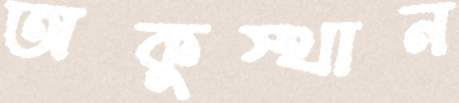
অকুস্থান